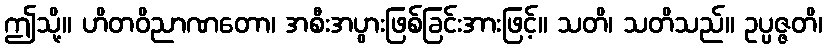
ဤသို့။ ဟိတဝိညာဏတော၊ အစီးအပွားဖြစ်ခြင်းအားဖြင့်။ သတိ၊ သတိသည်။ ဥပ္ပဇ္ဇတိ၊